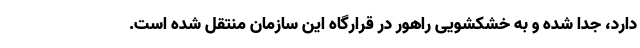
دارد، جدا شده و به خشکشویی راهور در قرارگاه این سازمان منتقل شده است.